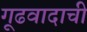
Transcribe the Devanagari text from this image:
गूढवादाची